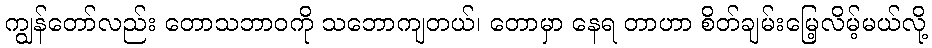
ကျွန်တော်လည်း တောသဘာဝကို သဘောကျတယ်၊ တောမှာ နေရ တာဟာ စိတ်ချမ်းမြေ့လိမ့်မယ်လို့